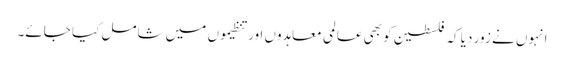
انہوں نے زور دیا کہ فلسطین کو بھی عالمی معاہدوں اور تنظیموں میں شامل کیا جائے۔